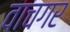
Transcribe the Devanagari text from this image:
वाचगर